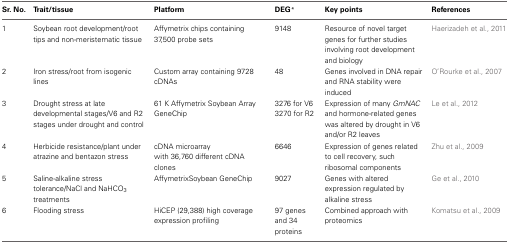
<table><thead><tr><td><b>Sr. No.</b></td><td><b>Trait/tissue</b></td><td><b>Platform</b></td><td><b>DEG<sup>*</sup></b></td><td><b>Key points</b></td><td><b>References</b></td></tr></thead><tbody><tr><td>1</td><td>Soybean root development/root tips and non-meristematic tissue</td><td>Affymetrix chips containing 37,500 probe sets</td><td>9148</td><td>Resource of novel target genes for further studies involving root development and biology</td><td>Haerizadeh et al., 2011</td></tr><tr><td>2</td><td>Iron stress/root from isogenic lines</td><td>Custom array containing 9728 cDNAs</td><td>48</td><td>Genes involved in DNA repair and RNA stability were induced</td><td>O&#x27;Rourke et al., 2007</td></tr><tr><td>3</td><td>Drought stress at late developmental stages/V6 and R2 stages under drought and control</td><td>61 K Affymetrix Soybean Array GeneChip</td><td>3276 for V6 3270 for R2</td><td>Expression of many <i>GmNAC</i> and hormone-related genes was altered by drought in V6 and/or R2 leaves</td><td>Le et al., 2012</td></tr><tr><td>4</td><td>Herbicide resistance/plant under atrazine and bentazon stress</td><td>cDNA microarray with 36,760 different cDNA clones</td><td>6646</td><td>Expression of genes related to cell recovery, such ribosomal components</td><td>Zhu et al., 2009</td></tr><tr><td>5</td><td>Saline-alkaline stress tolerance/NaCl and NaHCO<sub>3</sub> treatments</td><td>AffymetrixSoybean GeneChip</td><td>9027</td><td>Genes with altered expression regulated by alkaline stress</td><td>Ge et al., 2010</td></tr><tr><td>6</td><td>Flooding stress</td><td>HiCEP (29,388) high coverage expression profiling</td><td>97 genes and 34 proteins</td><td>Combined approach with proteomics</td><td>Komatsu et al., 2009</td></tr></tbody></table>